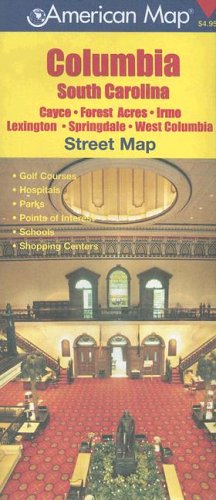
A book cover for Columbia South Carolina Street Map: Cayce, Forest Acres, Irmo, Lexington, Springdale, West Columbia; Travel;